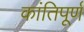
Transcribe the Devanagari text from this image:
कांतिपूर्ण